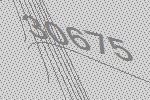
30675